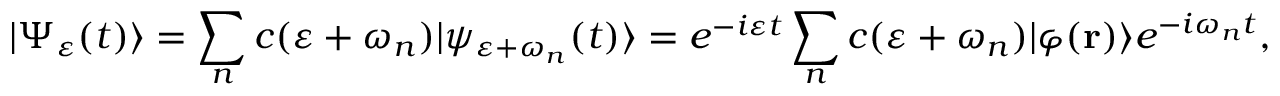
| \Psi _ { \varepsilon } ( t ) \rangle = \sum _ { n } c ( \varepsilon + \omega _ { n } ) | \psi _ { \varepsilon + \omega _ { n } } ( t ) \rangle = e ^ { - i \varepsilon t } \sum _ { n } c ( \varepsilon + \omega _ { n } ) | \varphi ( { \bf r } ) \rangle e ^ { - i \omega _ { n } t } ,